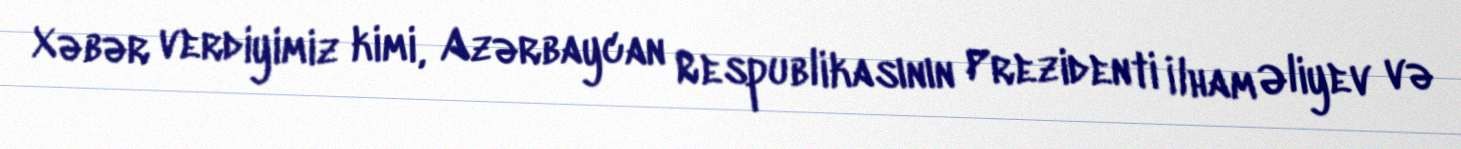
Xəbər verdiyimiz kimi, Azərbaycan Respublikasının Prezidenti İlham Əliyev və